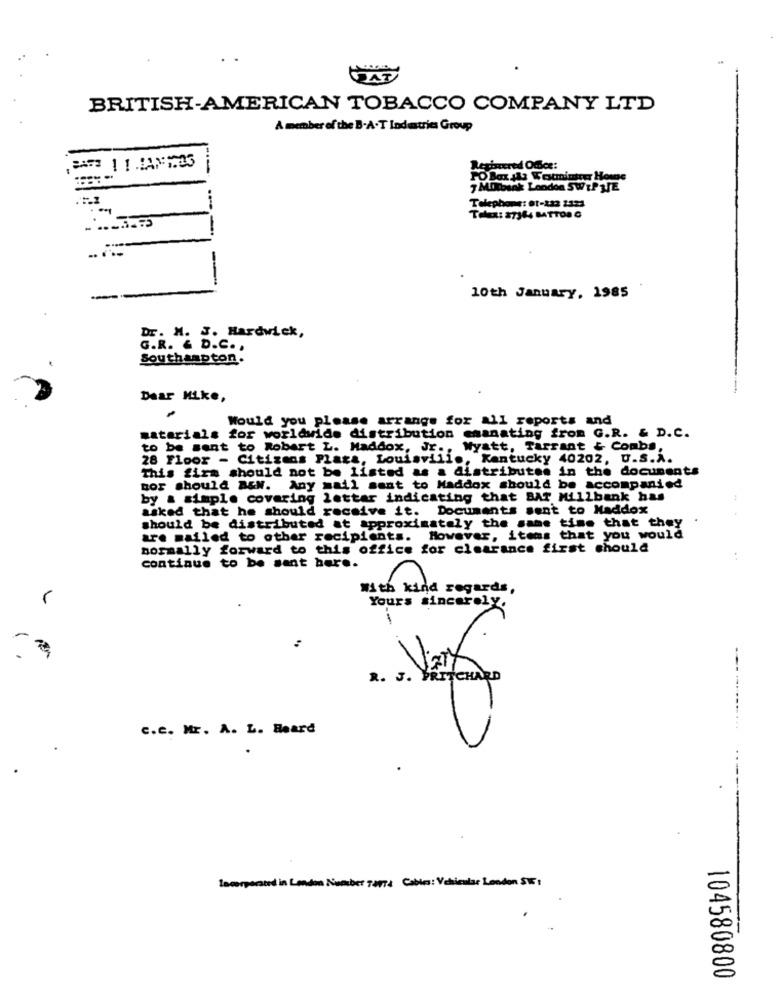
BRITISH-AMERICAN TOBACCO COMPANY LTD
A member of the B.A.T Industries Group
--
Retirered Office:
PO Box Als Westminster Home
7 MOTbank London SWEPTJE
Telephone: et-223 2232
.
Tack: 27364 BATTONO
-----
10th January, 1985
Dr. M. J. Hardwick,
G.R. & D.C .,
Southampton.
Dear Hike,
Would you please arrange for all reports and
materials for worldwide distribution emanating from G.R. & D.C.
to be sent to Robert L. Maddox, Jr ., Wyatt, Tarrant & Combs,
28 Floor - Citizens Plaza, Louisville, Kentucky 40202, U.S.A.
This firm should not be listed as a distributes in the documents
nor should A&N. Any mail sent to Maddox should be accompanied
by a simple covering lottar indicating that BAT Millbank has
asked that he should receive it. Documents sent to Maddox
should be distributed at approximately the same time that they
are mailed to other recipients. However, items that you would
normally forward to this office for clearance first should
..
continue to be sent here.
With kind regards,
Yours sincerely.
----------
c.c. Mr. A. L. Heard
Incorporated in London Number 70014 Cables: Vehicular London SW5 :
104580800